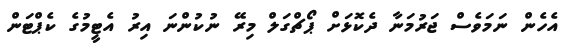
އެހެން ނަމަވެސް ޖަރުމަނާ ދެކޮޅަށް ޕޯޗްގަލް މިރޭ ނުކުންނަ އިރު އެޓީމުގެ ކެޕްޓަން